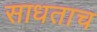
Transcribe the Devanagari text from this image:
साधताच